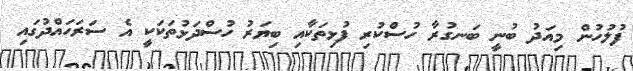
ފުލުހުން މިއަދު ބުނީ ބަނގުރާ ހުސްކުރި ފުޅިތަކާއި ބިޔަރު ހުސްދަޅުތަކަކީ އެ ސަރަހައްދުގައި